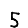
Digit: 5